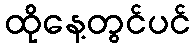
ထိုနေ့တွင်ပင်